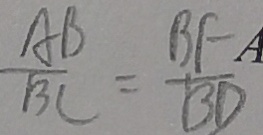
\frac { A B } { B C } = \frac { B F } { B D }